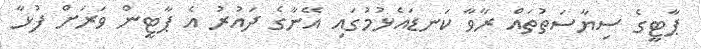
ޕާޓީގެ ސިޔާސަތުތައް ރާވާ ކަނޑައެޅުމުގައި އޭނާގެ ދައުރު އެ ޕާޓީން ވަރަށް ފުޅާ